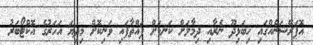
އޮޕަރޭޝަނެއްގައި ހިބަޅިދޫ ނެރާއި ދިމާލަށް ކަނޑަށް ފައްތާފައި ވަނިކޮށް މިދިޔަ އަހަރުގެ އޮކްޓޯބަރު